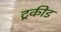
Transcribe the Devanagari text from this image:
ट्रकीड